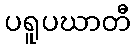
ပရူပဃာတီ